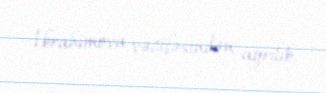
İbrahimova vəzifəsindən ayrılıb.